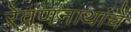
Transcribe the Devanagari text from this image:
रेवणनाथांचे